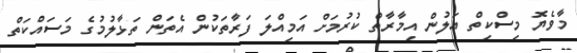
މާވެޔޮ މިސްކިތް އަލުން އިމާރާތް ކުރުމަށް އަމިއްލަ ފަރާތަކުން އެތަން ތަޅާލުމުގެ މަސައްކަތް